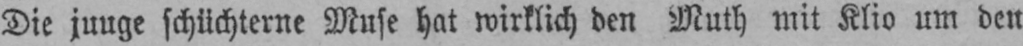
Die junge schüchterne Muse hat wirklich den Muth mit Klio um den